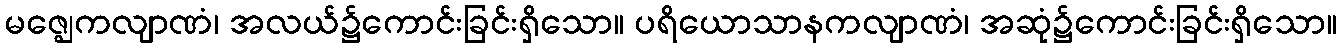
မဇ္ဈေကလျာဏံ၊ အလယ်၌ကောင်းခြင်းရှိသော။ ပရိယောသာနကလျာဏံ၊ အဆုံ၌ကောင်းခြင်းရှိသော။